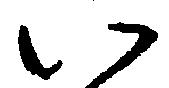
い